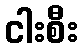
ငါးစီး